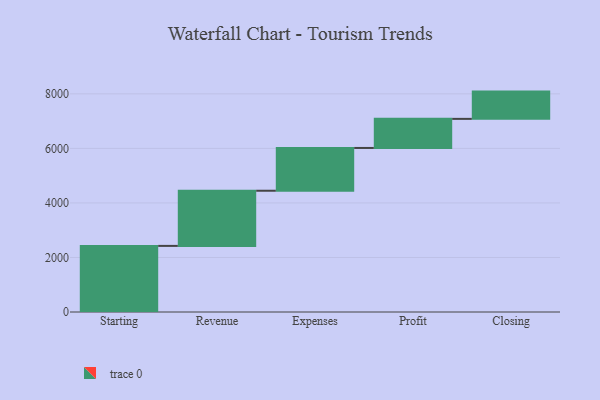
{"axis": {"x": "Step", "y": "Value"}, "legend": [""], "data": [{"x": "Starting", "y": 2424.0, "type": ""}, {"x": "Revenue", "y": 2023.0, "type": ""}, {"x": "Expenses", "y": 1569.0, "type": ""}, {"x": "Profit", "y": 1067.0, "type": ""}, {"x": "Closing", "y": 1000, "type": ""}]}